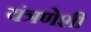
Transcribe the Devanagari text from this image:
यंत्रणेशी